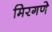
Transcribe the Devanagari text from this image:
मिरगणे